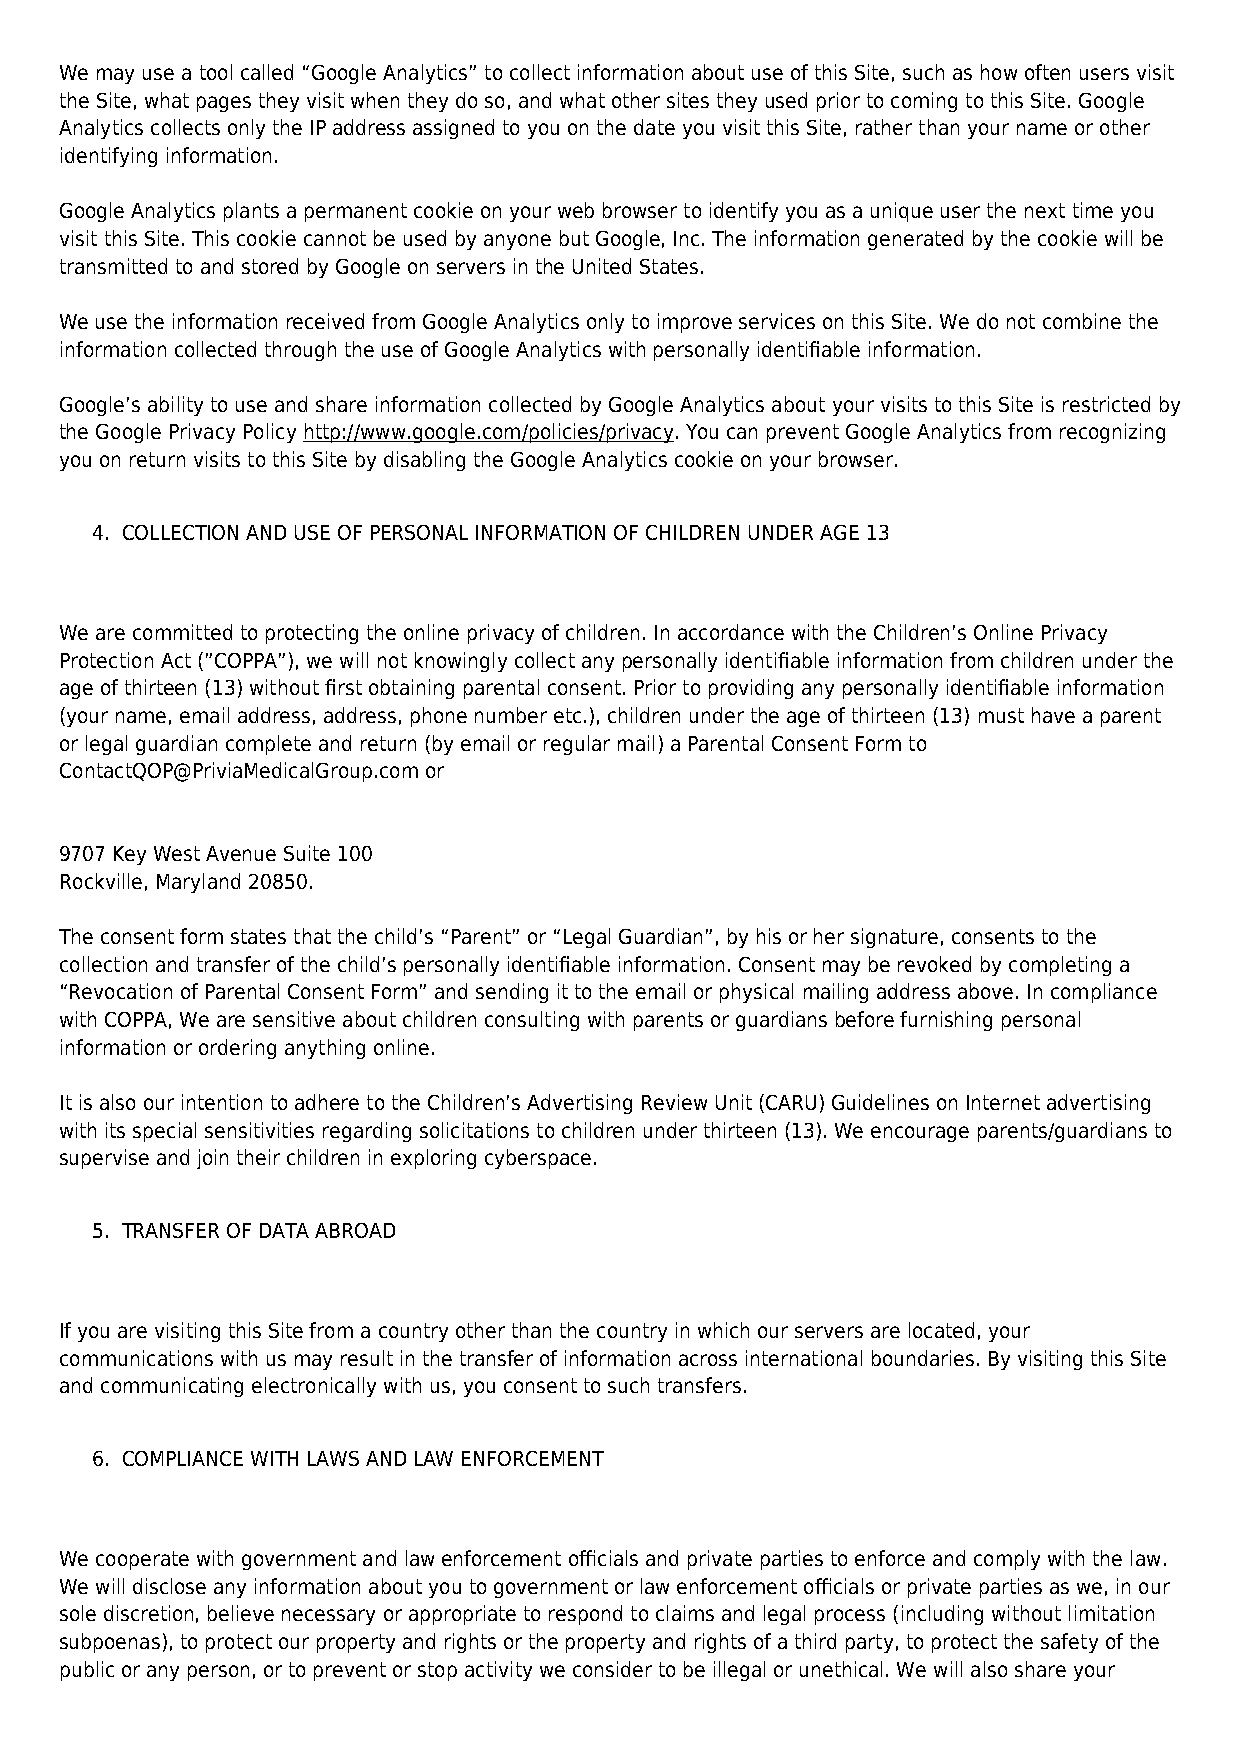
We may use a tool called “Google Analytics” to collect information about use of this Site, such as how often users visit
 the Site, what pages they visit when they do so, and what other sites they used prior to coming to this Site. Google
 Analytics collects only the IP address assigned to you on the date you visit this Site, rather than your name or other
 identifying information.
 Google Analytics plants a permanent cookie on your web browser to identify you as a unique user the next time you
 visit this Site. This cookie cannot be used by anyone but Google, Inc. The information generated by the cookie will be
 transmitted to and stored by Google on servers in the United States.
 We use the information received from Google Analytics only to improve services on this Site. We do not combine the
 information collected through the use of Google Analytics with personally identifiable information.
 Google’s ability to use and share information collected by Google Analytics about your visits to this Site is restricted by
 the Google Privacy Policy http://www.google.com/policies/privacy. You can prevent Google Analytics from recognizing
 you on return visits to this Site by disabling the Google Analytics cookie on your browser.
 4. COLLECTION AND USE OF PERSONAL INFORMATION OF CHILDREN UNDER AGE 13
 We are committed to protecting the online privacy of children. In accordance with the Children’s Online Privacy
 Protection Act (”COPPA”), we will not knowingly collect any personally identifiable information from children under the
 age of thirteen (13) without first obtaining parental consent. Prior to providing any personally identifiable information
 (your name, email address, address, phone number etc.), children under the age of thirteen (13) must have a parent
 or legal guardian complete and return (by email or regular mail) a Parental Consent Form to
 ContactQOP@PriviaMedicalGroup.com or
 9707 Key West Avenue Suite 100
 Rockville, Maryland 20850.
 The consent form states that the child’s “Parent” or “Legal Guardian”, by his or her signature, consents to the
 collection and transfer of the child’s personally identifiable information. Consent may be revoked by completing a
 “Revocation of Parental Consent Form” and sending it to the email or physical mailing address above. In compliance
 with COPPA, We are sensitive about children consulting with parents or guardians before furnishing personal
 information or ordering anything online.
 It is also our intention to adhere to the Children’s Advertising Review Unit (CARU) Guidelines on Internet advertising
 with its special sensitivities regarding solicitations to children under thirteen (13). We encourage parents/guardians to
 supervise and join their children in exploring cyberspace.
 5. TRANSFER OF DATA ABROAD
 If you are visiting this Site from a country other than the country in which our servers are located, your
 communications with us may result in the transfer of information across international boundaries. By visiting this Site
 and communicating electronically with us, you consent to such transfers.
 6. COMPLIANCE WITH LAWS AND LAW ENFORCEMENT
 We cooperate with government and law enforcement officials and private parties to enforce and comply with the law.
 We will disclose any information about you to government or law enforcement officials or private parties as we, in our
 sole discretion, believe necessary or appropriate to respond to claims and legal process (including without limitation
 subpoenas), to protect our property and rights or the property and rights of a third party, to protect the safety of the
 public or any person, or to prevent or stop activity we consider to be illegal or unethical. We will also share your